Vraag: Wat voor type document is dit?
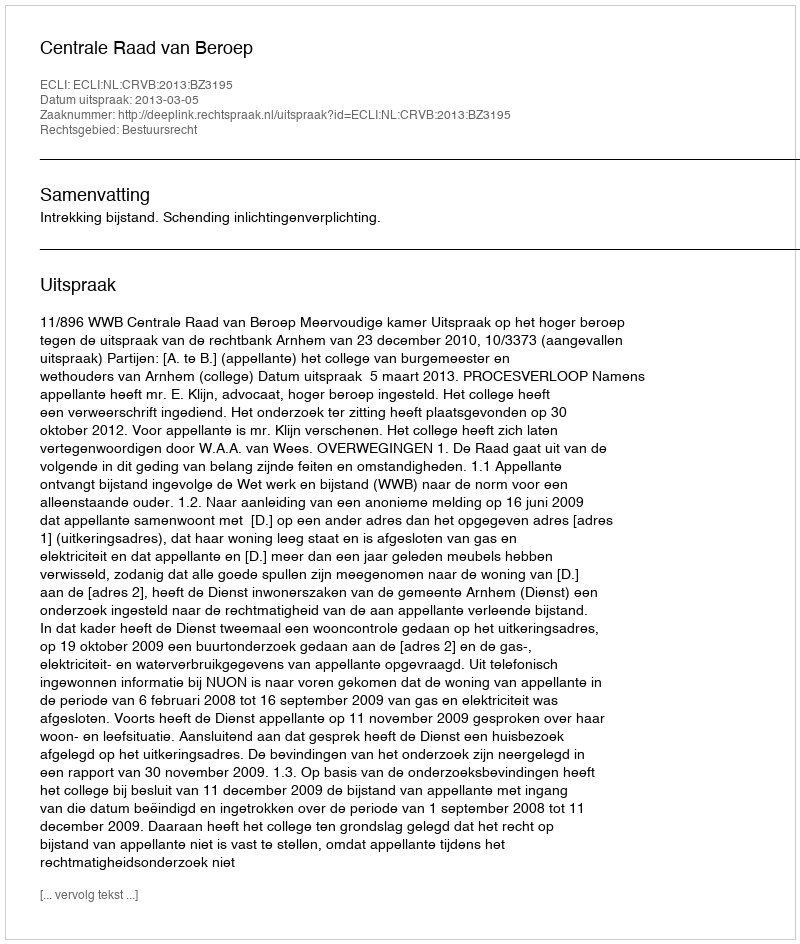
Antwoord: Uitspraak